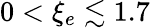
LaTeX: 0<\xi_{e}\lesssim 1.7